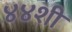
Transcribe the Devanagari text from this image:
४४शी